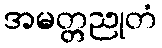
အမတ္တညုတံ